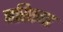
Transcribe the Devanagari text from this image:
नरिएगा